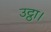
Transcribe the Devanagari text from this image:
उट्ठा।